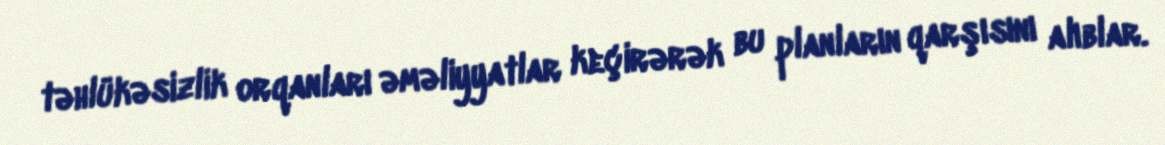
təhlükəsizlik orqanları əməliyyatlar keçirərək bu planların qarşısını alıblar.